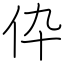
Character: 伜